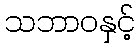
သဘာဝနှင့်